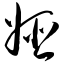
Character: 娅